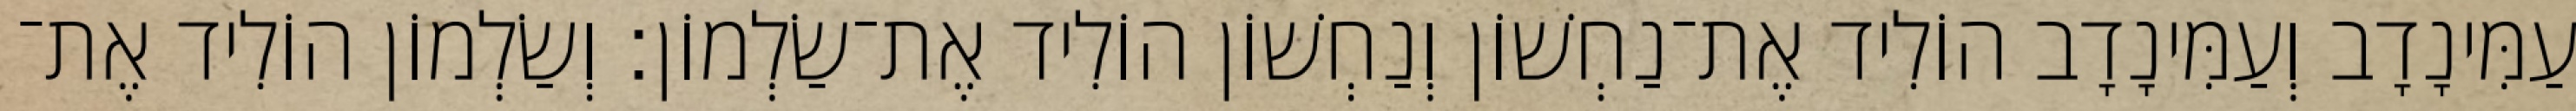
עַמִּינָדָב וְעַמִּינָדָב הוֹלִיד אֶת־נַחְשׁוֹן וְנַחְשׁוֹן הוֹלִיד אֶת־שַׂלְמוֹן׃ וְשַׂלְמוֹן הוֹלִיד אֶת־